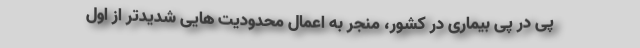
پی در پی بیماری در کشور، منجر به اعمال محدودیت هایی شدیدتر از اول